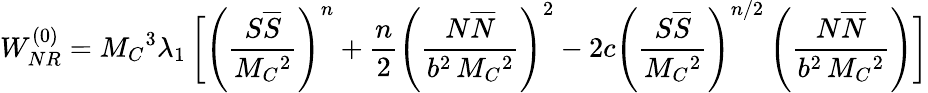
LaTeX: W_{NR}^{(0)}=M_{C}{}^{3}\lambda_{1}\, \biggl[\left(\frac{S\overline{{S}}}{M_{C}{}^{2}}\right)^{n}+\frac{n}{2}\left(\frac{N\overline{{N}}}{b^{2}\, M_{C}{}^{2}}\right)^{2}-2c\left(\frac{S\overline{{S}}}{M_{C}{}^{2}}\right)^{n/2}\left(\frac{N\overline{{N}}}{b^{2}\, M_{C}{}^{2}}\right)\biggr]